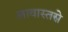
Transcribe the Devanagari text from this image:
लावास्तरोें